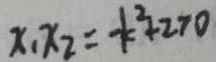
x _ { 1 } x _ { 2 } = - k ^ { 2 } + 2 > 0